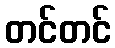
တင်တင်